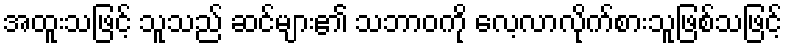
အထူးသဖြင့် သူသည် ဆင်များ၏ သဘာဝကို လေ့လာလိုက်စားသူဖြစ်သဖြင့်